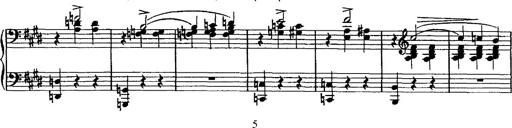
Title: Valse mÃ©lancolique
Composer: Paul Vidal
Key: F-sharp minor